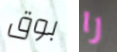
بوق را